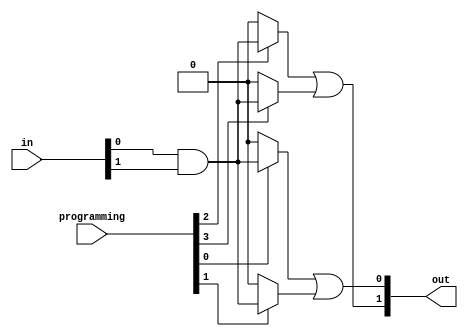
module HS_PAL (
    input wire [N-1:0] in,          // N input lines
    input wire [M-1:0] programming,  // Control signals for AND array programming
    output wire [P-1:0] out          // P output lines
);
    parameter N = 8;                 // Number of inputs
    parameter M = 4;                 // Number of programmable AND gates
    parameter P = 2;                 // Number of outputs

    // AND gates output
    wire [M-1:0] and_out;

    // Internal signal for programmed AND gates
    genvar i;
    generate
        for (i = 0; i < M; i = i + 1) begin : and_array
            // Use programming to determine the input connections
            assign and_out[i] = 
                (programming[i] == 1'b1) ? (in[0] & in[1]) : 1'b0; // Example logic
                // Extend this to use other inputs and their inversions as needed
        end
    endgenerate

    // Fixed OR array
    assign out[0] = and_out[0] | and_out[1]; // Connect AND outputs to OR for output 0
    assign out[1] = and_out[2] | and_out[3]; // Connect AND outputs to OR for output 1
    // Extend this to additional outputs as needed

endmodule